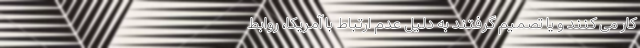
کار می کنند و یا تصمیم گرفتند به دلیل عدم ارتباط با آمریکا، روابط